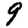
Digit: 9